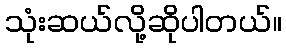
သုံးဆယ်လို့ဆိုပါတယ်။